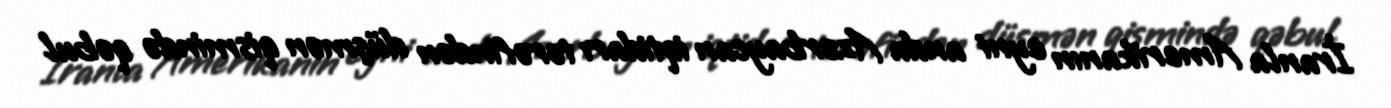
İranla Amerikanın eyni anda Azərbaycan iqtidarı tərəfindən düşmən qismində qəbul